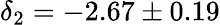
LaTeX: \delta_{2}=-2.67\pm 0.19